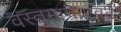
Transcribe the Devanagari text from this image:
वस्तुमानाएवढे